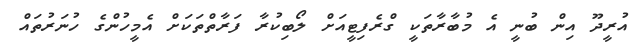
އުރީދޫ އިން ބުނީ އެ މުބާރާތަކީ ގްރެފިޓީއަށް ލޯބިކުރާ ފަރާތްތަކަށް އެމީހުންގެ ހުނަރުތައް